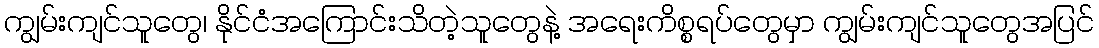
ကျွမ်းကျင်သူတွေ၊ နိုင်ငံအကြောင်းသိတဲ့သူတွေနဲ့ အရေးကိစ္စရပ်တွေမှာ ကျွမ်းကျင်သူတွေအပြင်